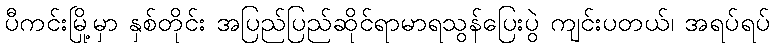
ပီကင်းမြို့မှာ နှစ်တိုင်း အပြည်ပြည်ဆိုင်ရာမာရသွန်ပြေးပွဲ ကျင်းပတယ်၊ အရပ်ရပ်